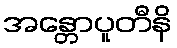
အန္တောပူတီနိ